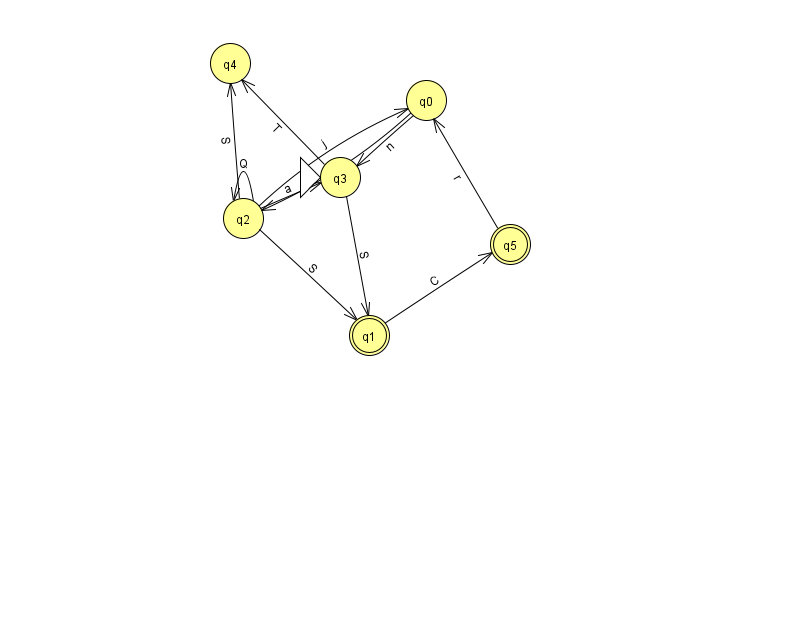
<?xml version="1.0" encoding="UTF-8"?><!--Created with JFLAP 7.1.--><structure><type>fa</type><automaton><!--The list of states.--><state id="0" name="q0"><x>426.0</x><y>87.0</y></state><state id="1" name="q1"><x>369.0</x><y>322.0</y><final/></state><state id="2" name="q2"><x>243.0</x><y>205.0</y></state><state id="3" name="q3"><x>340.0</x><y>164.0</y><initial/></state><state id="4" name="q4"><x>230.0</x><y>50.0</y></state><state id="5" name="q5"><x>510.0</x><y>231.0</y><final/></state><!--The list of transitions.--><transition><from>2</from><to>2</to><read>Q</read></transition><transition><from>3</from><to>4</to><read>T</read></transition><transition><from>3</from><to>1</to><read>S</read></transition><transition><from>0</from><to>2</to><read>Z</read></transition><transition><from>2</from><to>0</to><read>j</read></transition><transition><from>2</from><to>4</to><read>S</read></transition><transition><from>5</from><to>0</to><read>r</read></transition><transition><from>2</from><to>1</to><read>S</read></transition><transition><from>1</from><to>5</to><read>C</read></transition><transition><from>0</from><to>3</to><read>n</read></transition><transition><from>2</from><to>3</to><read>a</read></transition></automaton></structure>